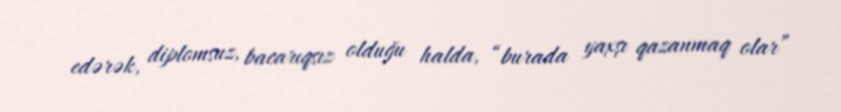
edərək, diplomsuz, bacarıqsız olduğu halda, “burada yaxşı qazanmaq olar”